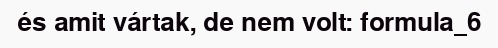
és amit vártak, de nem volt: formula_6